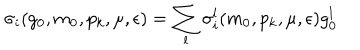
\sigma _ { i } ( g _ { 0 } , m _ { 0 } , p _ { k } , \mu , \epsilon ) = \sum _ { l } \sigma _ { i } ^ { l } ( m _ { 0 } , p _ { k } , \mu , \epsilon ) g _ { 0 } ^ { l }